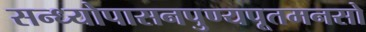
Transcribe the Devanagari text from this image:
सन्ध्योपासनपुण्यपूतमनसो